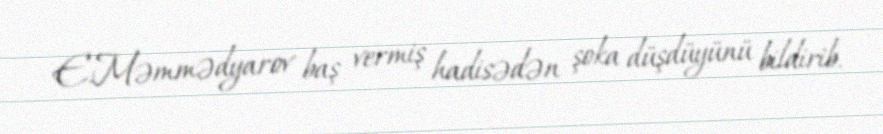
E.Məmmədyarov baş vermiş hadisədən şoka düşdüyünü bildirib.